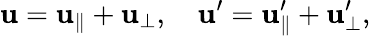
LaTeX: \mathbf{u}=\mathbf{u}_{\parallel}+\mathbf{u}_{\perp},\quad\mathbf{u}^{\prime}=\mathbf{u}_{\parallel}^{\prime}+\mathbf{u}_{\perp}^{\prime},